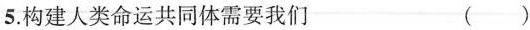
5.构建人类命运共同体需要我们 ()